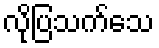
လိုပြသက်သေ